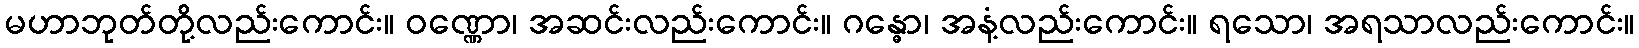
မဟာဘုတ်တို့လည်းကောင်း။ ဝဏ္ဏော၊ အဆင်းလည်းကောင်း။ ဂန္ဓော၊ အနံ့လည်းကောင်း။ ရသော၊ အရသာလည်းကောင်း။